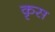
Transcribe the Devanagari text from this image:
कृस